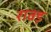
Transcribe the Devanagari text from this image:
रावड़